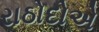
રાઠોદોએ